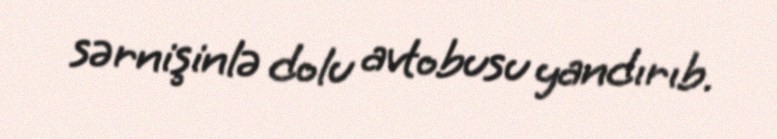
sərnişinlə dolu avtobusu yandırıb.